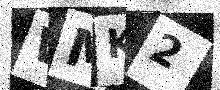
Text: WMK2